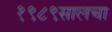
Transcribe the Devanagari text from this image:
१९८९सालचा